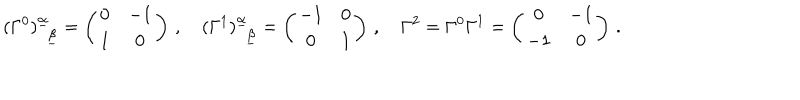
( \Gamma ^ { 0 } ) _ { ~ ~ \underline { { \beta } } } ^ { \underline { { \alpha } } } = \left( \begin{array} { c c } { { 0 } } & { { - 1 } } \\ { { 1 } } & { { 0 } } \\ \end{array} \right) \, , \quad ( \Gamma ^ { 1 } ) _ { ~ ~ \underline { { \beta } } } ^ { \underline { { \alpha } } } = \left( \begin{array} { c c } { { - 1 } } & { { 0 } } \\ { { 0 } } & { { 1 } } \\ \end{array} \right) \, , \quad \Gamma ^ { 2 } = \Gamma ^ { 0 } \Gamma ^ { 1 } = \left( \begin{array} { c c } { { 0 } } & { { - 1 } } \\ { { - 1 } } & { { 0 } } \\ \end{array} \right) \, .